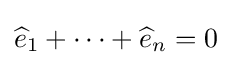
{\widehat {e}}_{1}+\cdots +{\widehat {e}}_{n}=0